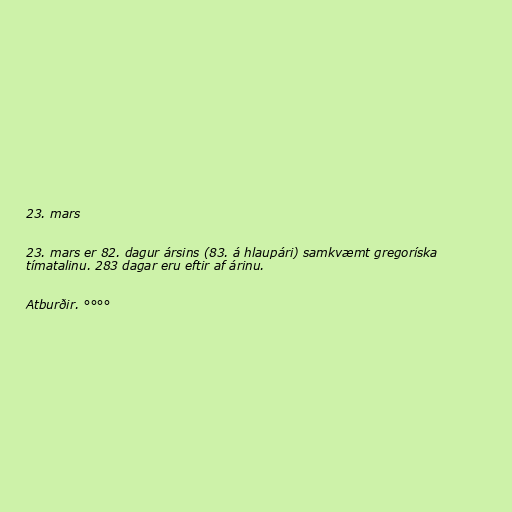
23. mars

23. mars er 82. dagur ársins (83. á hlaupári) samkvæmt gregoríska
tímatalinu. 283 dagar eru eftir af árinu.

Atburðir. °°°°